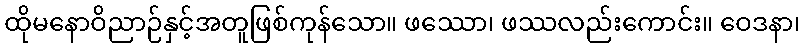
ထိုမနောဝိညာဉ်နှင့်အတူဖြစ်ကုန်သော။ ဖဿော၊ ဖဿလည်းကောင်း။ ဝေဒနာ၊